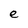
Character: e